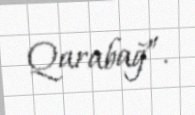
Qarabağ”.